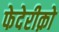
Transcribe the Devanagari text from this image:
फेदेरीक़ो